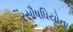
રસૌષધિયોના